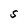
Character: S